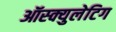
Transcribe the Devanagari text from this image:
ऑस्क्युलेटिग